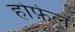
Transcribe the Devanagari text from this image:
होफ़ेल